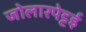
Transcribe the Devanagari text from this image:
जोलारपेट्टई